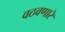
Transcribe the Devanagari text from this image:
वठवणारे